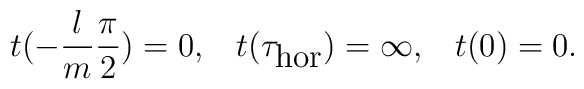
t(-\frac{l}{m}\frac{\pi}{2})=0,\;\;\;t(\tau_{\mbox{hor}})=\infty,\;\;\;t(0)=0.